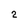
Character: 2